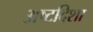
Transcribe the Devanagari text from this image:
अष्टदिशा